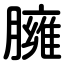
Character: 臃